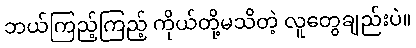
ဘယ်ကြည့်ကြည့် ကိုယ်တို့မသိတဲ့ လူတွေချည်းပဲ။